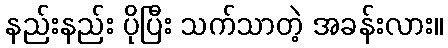
နည်းနည်း ပိုပြီး သက်သာတဲ့ အခန်းလား။